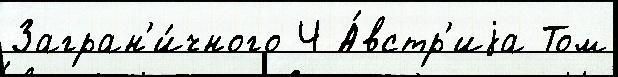
Загран'и́чного Ч А́встр'иjа Том